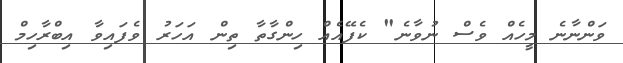
ވަންނާނެ މީހެއް ވެސް ނުވާނެ" ކެފޭއެއް ހިންގާތާ ތިން އަހަރު ވެފައިވާ އިބްރާހިމް